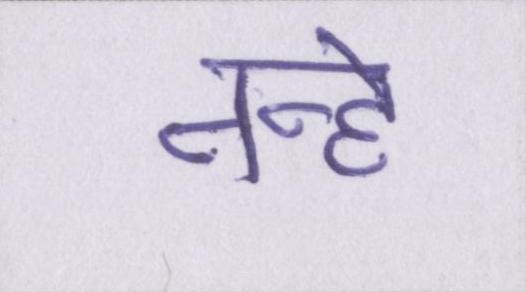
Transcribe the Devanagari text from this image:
नन्हे